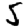
Digit: 5